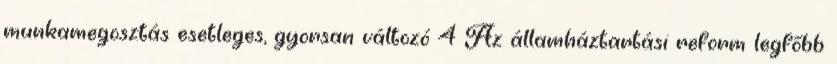
munkamegosztás esetleges, gyorsan változó 4 Az államháztartási reform legfőbb